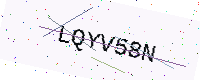
Text: LQYV58N